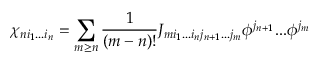
\chi _ { n i _ { 1 } . . . i _ { n } } = \sum _ { m \ge n } { \frac { 1 } { ( m - n ) ! } } J _ { m i _ { 1 } . . . i _ { n } j _ { n + 1 } . . . j _ { m } } \phi ^ { j _ { n + 1 } } . . . \phi ^ { j _ { m } }